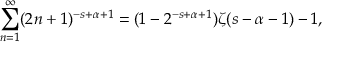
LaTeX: \sum _ { n = 1 } ^ { \infty } ( 2 n + 1 ) ^ { - s + \alpha + 1 } = ( 1 - 2 ^ { - s + \alpha + 1 } ) \zeta ( s - \alpha - 1 ) - 1 ,